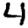
Digit: 4